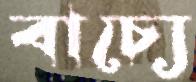
বাচ্যে